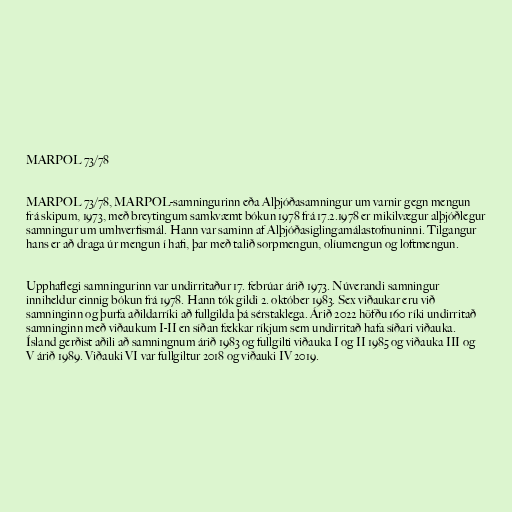
MARPOL 73/78

MARPOL 73/78, MARPOL-samningurinn eða Alþjóðasamningur um varnir gegn mengun
frá skipum, 1973, með breytingum samkvæmt bókun 1978 frá 17.2.1978 er mikilvægur alþjóðlegur
samningur um umhverfismál. Hann var saminn af Alþjóðasiglingamálastofnuninni. Tilgangur
hans er að draga úr mengun í hafi, þar með talið sorpmengun, olíumengun og loftmengun.

Upphaflegi samningurinn var undirritaður 17. febrúar árið 1973. Núverandi samningur
inniheldur einnig bókun frá 1978. Hann tók gildi 2. október 1983. Sex viðaukar eru við
samninginn og þurfa aðildarríki að fullgilda þá sérstaklega. Árið 2022 höfðu 160 ríki undirritað
samninginn með viðaukum I-II en síðan fækkar ríkjum sem undirritað hafa síðari viðauka.
Ísland gerðist aðili að samningnum árið 1983 og fullgilti viðauka I og II 1985 og viðauka III og
V árið 1989. Viðauki VI var fullgiltur 2018 og viðauki IV 2019.